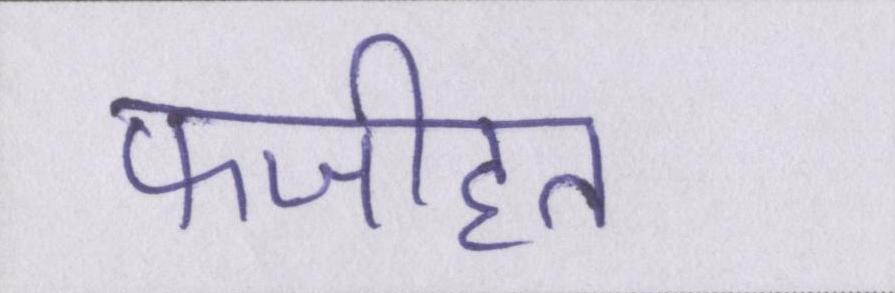
फजीहत